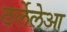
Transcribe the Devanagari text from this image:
ठर्लेलेआ